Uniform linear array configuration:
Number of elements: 32
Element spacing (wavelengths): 1
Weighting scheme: kaiser
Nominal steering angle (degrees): -60
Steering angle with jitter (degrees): -60.216
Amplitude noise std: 0.05
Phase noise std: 0.05

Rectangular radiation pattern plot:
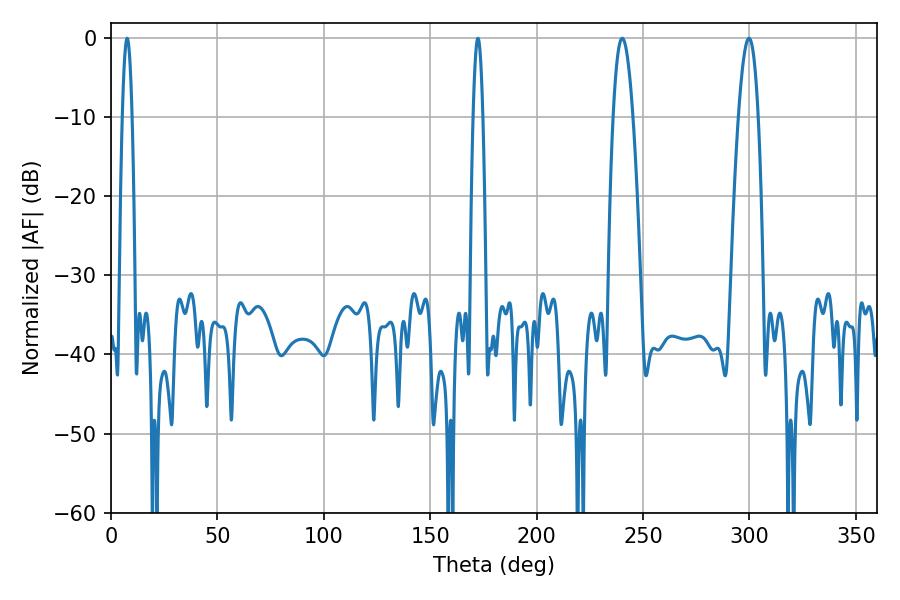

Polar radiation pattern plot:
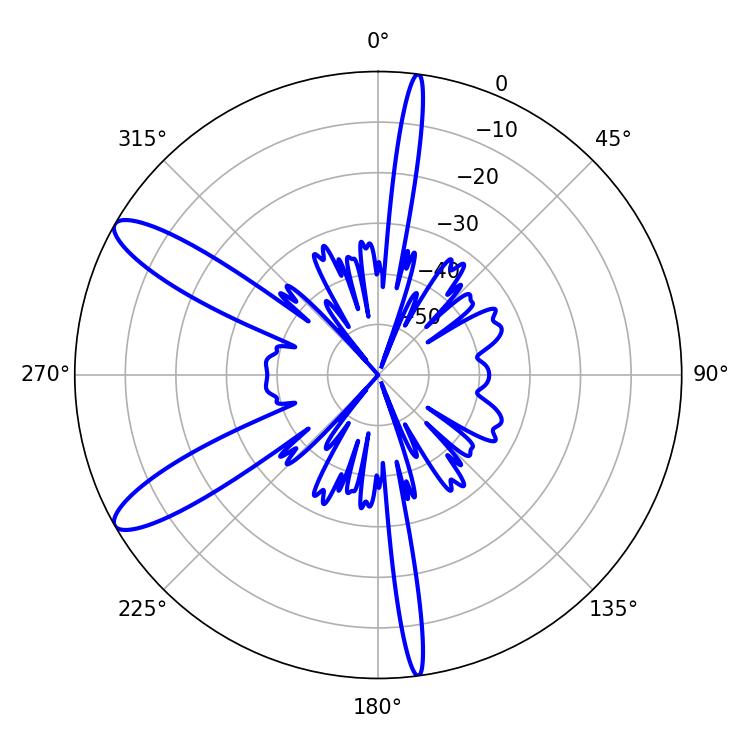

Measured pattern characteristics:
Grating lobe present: TRUE
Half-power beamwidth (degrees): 2.52
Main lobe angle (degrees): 172.44